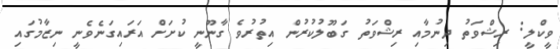
ވީކްލީ: ރިޝްވަތު ދިނުމާއި ރިޝްވަތު ގަބޫލުކުރުން އިތުރުވެ ގާނޫނީ ކުށަށް އަރައިގަނެވެނީ ނިޒާމުގައި